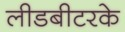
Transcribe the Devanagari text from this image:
लीडबीटरके